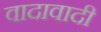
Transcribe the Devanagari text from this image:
वादावादी